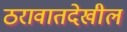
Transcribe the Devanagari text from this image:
ठरावातदेखील